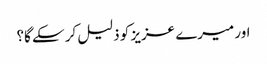
اور میرے عزیز کو ذلیل کر سکے گا؟